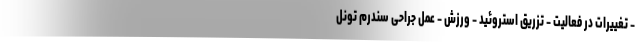
- تغییرات در فعالیت - تزریق استروئید - ورزش - عمل جراحی سندرم تونل